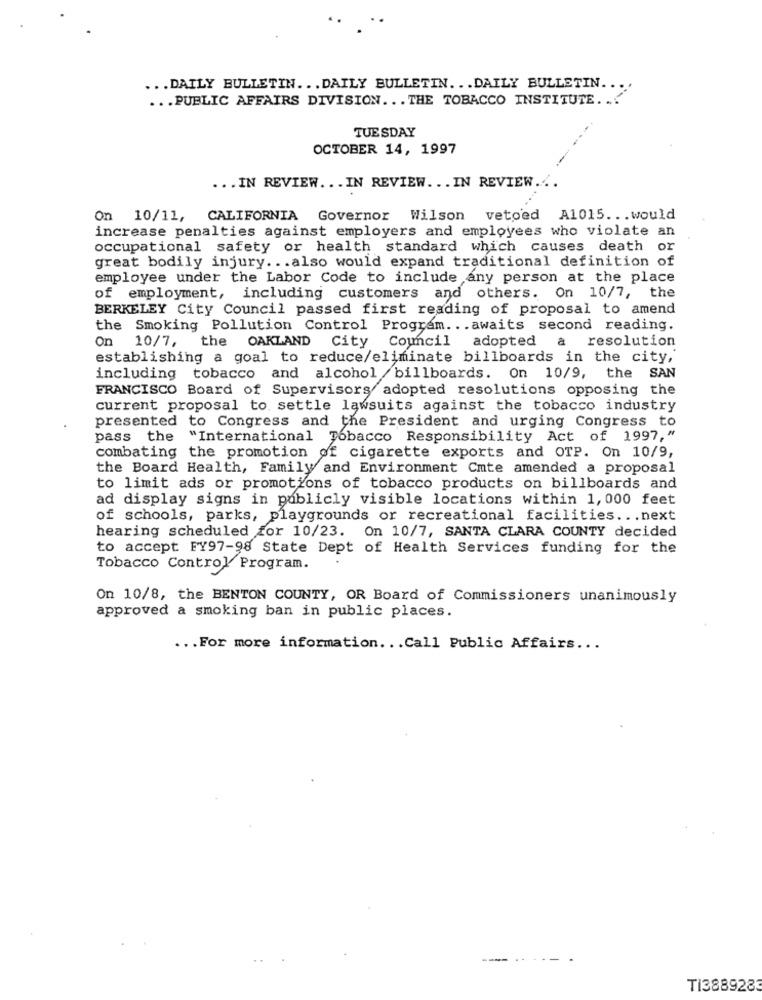
... DAILY BULLETIN ... DAILY BULLETIN. .. DAILY BULLETIN ...
... PUBLIC AFFAIRS DIVISION .. . THE TOBACCO INSTITUTE ....
TUESDAY
OCTOBER 14, 1997
... IN REVIEW ... IN REVIEW ... IN REVIEW ...
On 10/11,
CALIFORNIA Governor Wilson vetoed A1015. .. would
increase penalties against employers and employees who violate an
occupational safety or health standard which causes death or
great bodily injury ... also would expand traditional definition of
employee under the Labor Code to include any person at the place
of employment, including customers and others. On 10/7, the
BERKELEY City Council passed first reading of proposal to amend
the Smoking Pollution Control Program ... awaits second reading.
On 10/7, the OAKLAND City Council adopted a resolution
establishing a goal to reduce/eliminate billboards in the city,
including tobacco and alcohol / billboards. On 10/9, the SAN
FRANCISCO Board of Supervisors adopted resolutions opposing the
current proposal to settle lawsuits against the tobacco industry
presented to Congress and the President and urging Congress to
pass the "International Tobacco Responsibility Act of 1997,"
combating the promotion of cigarette exports and OTP. On 10/9,
the Board Health, Family and Environment Cmte amended a proposal
to limit ads or promotions of tobacco products on billboards and
ad display signs in publicly visible locations within 1,000 feet
of schools, parks, playgrounds or recreational facilities ... next
hearing scheduled for 10/23. On 10/7, SANTA CLARA COUNTY decided
to accept FY97-98 State Dept of Health Services funding for the
Tobacco Control Program.
On 10/8, the BENTON COUNTY, OR Board of Commissioners unanimously
approved a smoking ban in public places.
... For more information. .. Call Public Affairs ...
-...
TI3889283